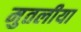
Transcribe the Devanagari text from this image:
मुतलीया